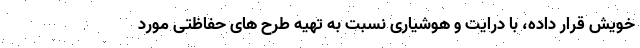
خویش قرار داده، با درایت و هوشیاری نسبت به تهیه طرح های حفاظتی مورد